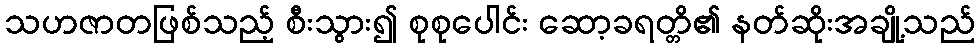
သဟဇာတဖြစ်သည့် စီးသွား၍ စုစုပေါင်း ဆော့ခရတ္တိ၏ နတ်ဆိုးအချို့သည်